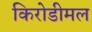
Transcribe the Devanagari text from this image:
किरोडीमल